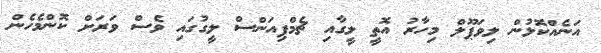
އަނެއްކޮޅުން ލިވަޕޫލް މިހާރު އޮތީ ލީގާއި ޗެމްޕިއަންސް ލީގުގައި ވެސް ވަރަށް ކޮންމެހެން